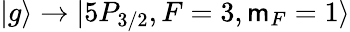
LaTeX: |g\rangle\rightarrow|5P_{3/2},F=3,\mathsf{m}_{F}=1\rangle